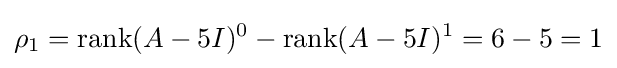
\rho _{1}=\operatorname {rank} (A-5I)^{0}-\operatorname {rank} (A-5I)^{1}=6-5=1